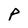
Character: P